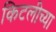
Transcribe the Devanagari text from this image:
किटलीच्या